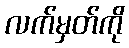
လက်မှတ်ကို